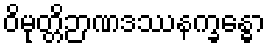
ဝိမုတ္တိဉာဏဒဿနက္ခန္ဓော